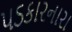
પડકારનારા